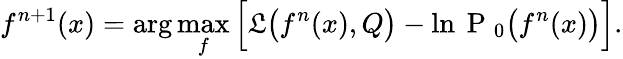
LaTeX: f^{n+1}(x)=\arg\operatorname*{max}_{f}\Big[\mathfrak{L}\big(f^{n}(x),Q\big)-\ln\mathrm{~P~}_{0}\big(f^{n}(x)\big)\Big].